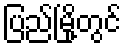
ပြည်မြို့တွင်